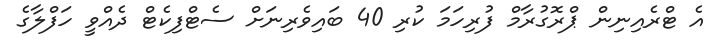
އެ ޓްރެއިނިން ޕްރޮގުރާމް ފުރިހަމަ ކުރި 40 ބައިވެރިނަށް ސެޓްފިކެޓް ދެއްވީ ހަފްލާގެ